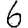
Digit: 6